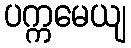
ပက္ကမေယျ